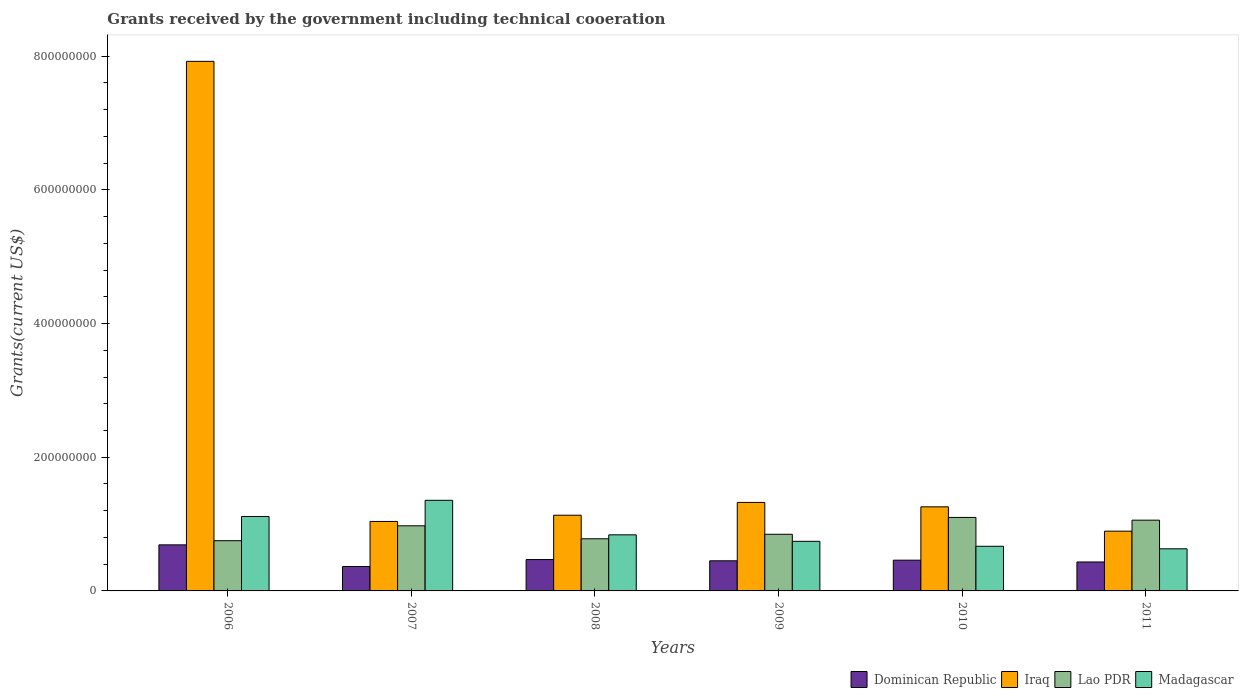
| Years | Dominican Republic | Iraq | Lao PDR | Madagascar |
 | --- | --- | --- | --- | --- |
 | 2006 | 6.89e+07 | 7.92e+08 | 7.52e+07 | 1.11e+08 |
 | 2007 | 3.65e+07 | 1.04e+08 | 9.74e+07 | 1.36e+08 |
 | 2008 | 4.69e+07 | 1.13e+08 | 7.8e+07 | 8.39e+07 |
 | 2009 | 4.51e+07 | 1.32e+08 | 8.47e+07 | 7.42e+07 |
 | 2010 | 4.6e+07 | 1.26e+08 | 1.1e+08 | 6.68e+07 |
 | 2011 | 4.33e+07 | 8.94e+07 | 1.06e+08 | 6.3e+07 |